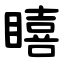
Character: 瞦